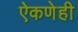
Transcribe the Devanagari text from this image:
ऐकणेही